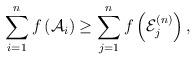
LaTeX: \begin{align*}\sum_{i=1}^n f \left( \mathcal{A}_i \right) \geq\sum_{j=1}^n f \left( \mathcal{E}^{(n)}_j \right),\end{align*}